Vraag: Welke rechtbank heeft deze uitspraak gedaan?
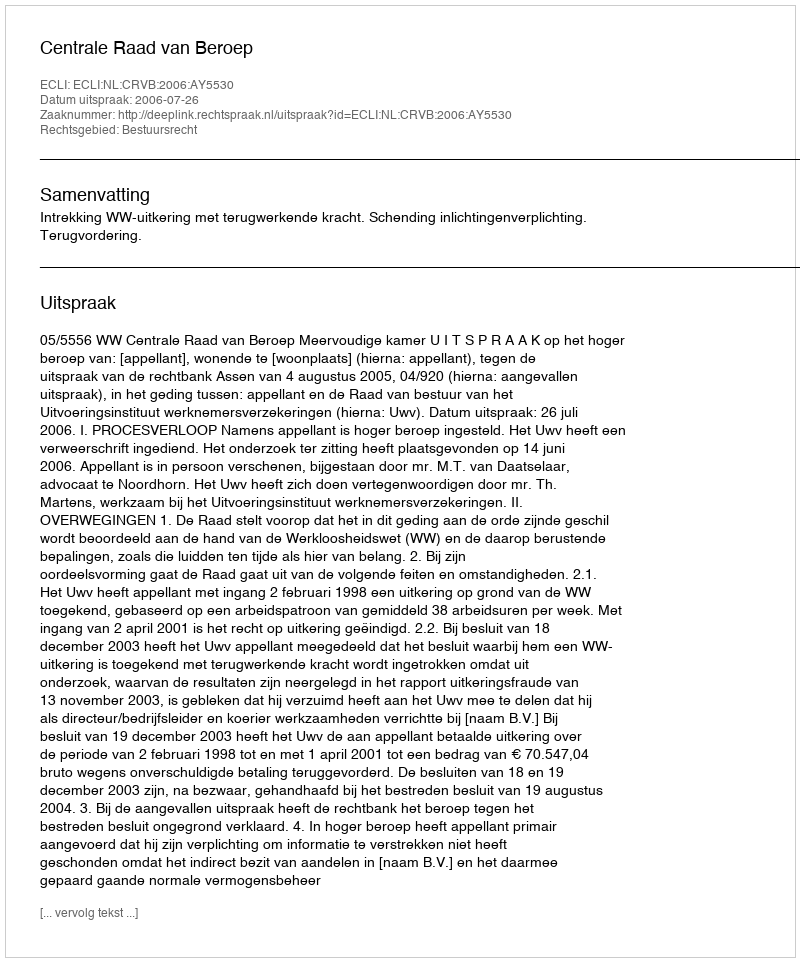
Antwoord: Centrale Raad van Beroep